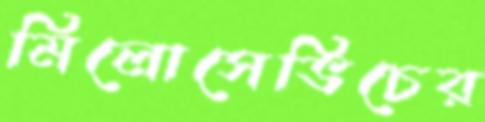
মিলোসেভিচের